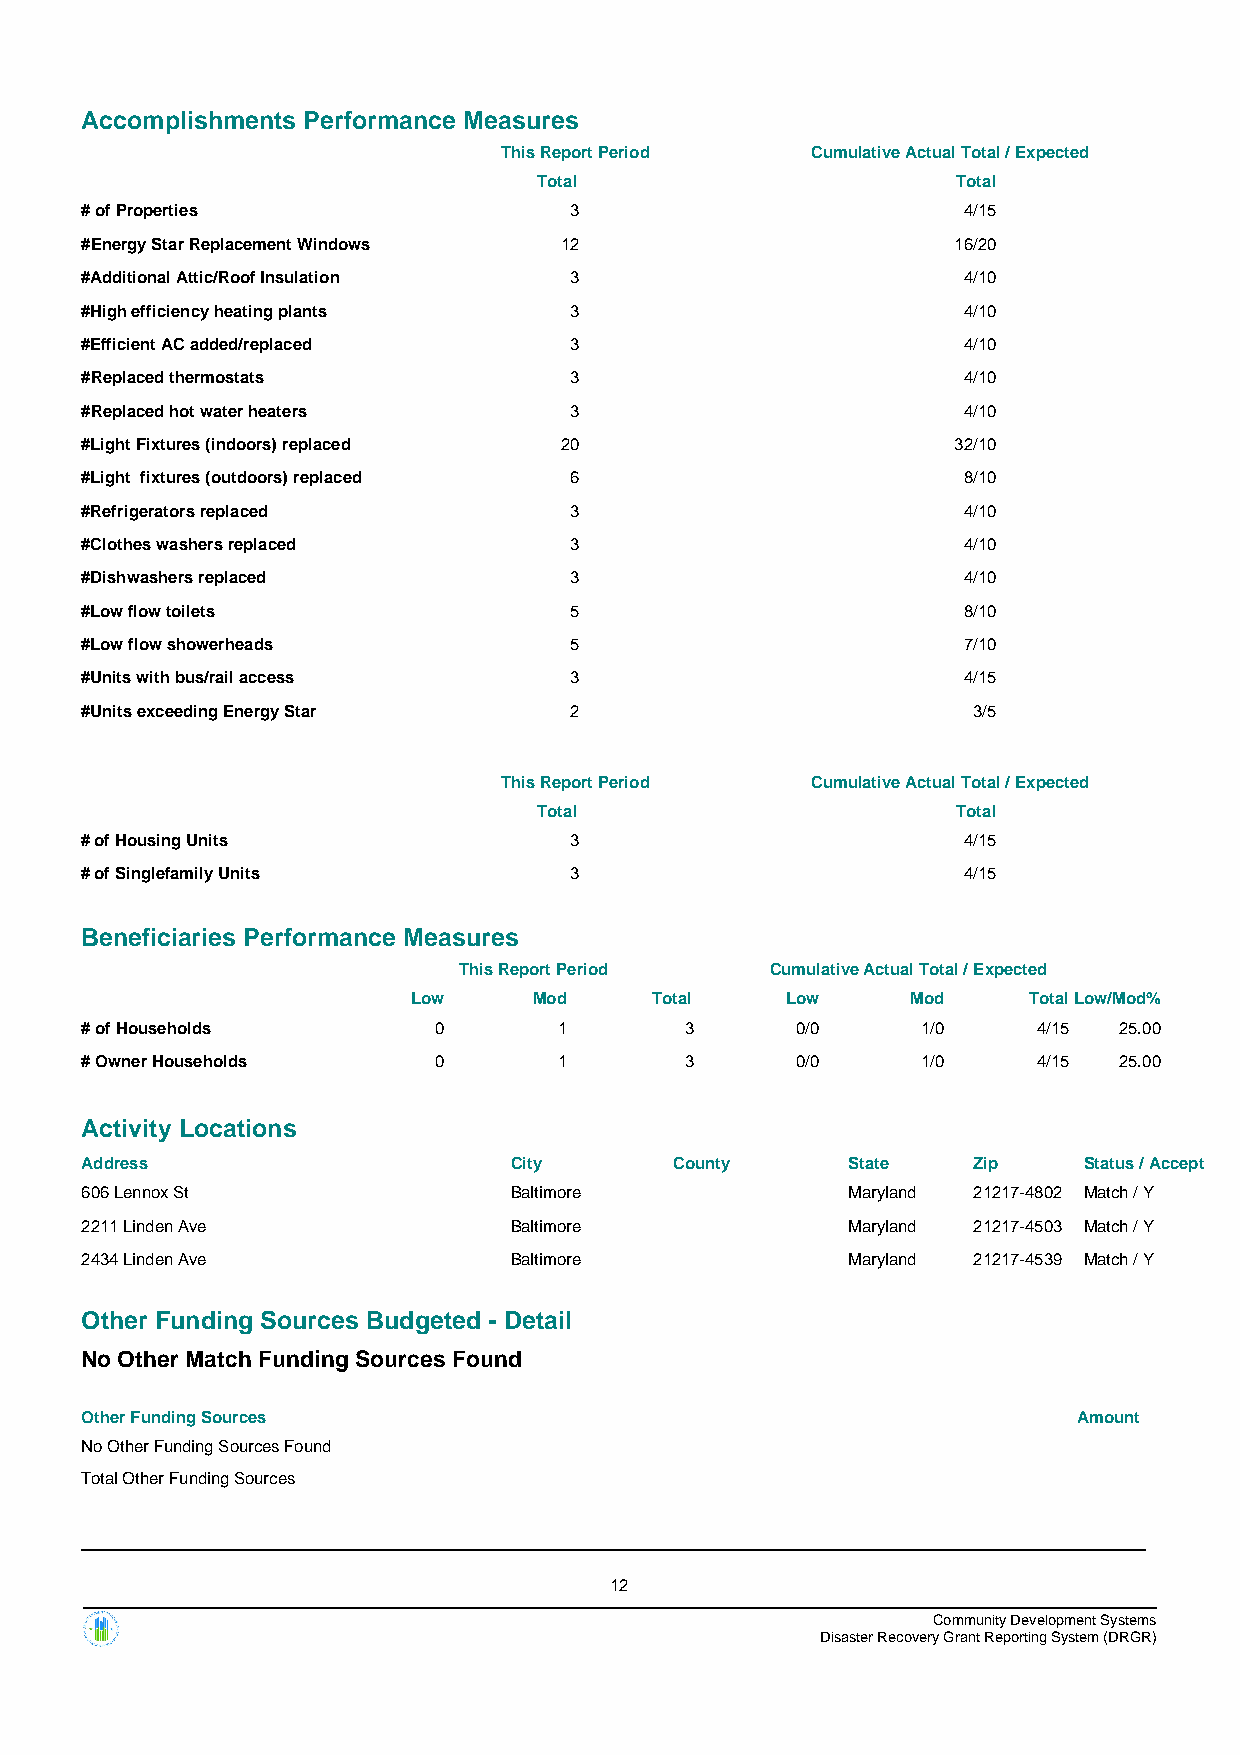
Accomplishments Performance Measures
 This Report Period   Cumulative Actual Total / Expected
 Total                      Total
 # of Properties                  3                         4/15
 #Energy Star Replacement Windows 12                       16/20
 #Additional Attic/Roof Insulation 3                        4/10
 #High efficiency heating plants  3                         4/10
 #Efficient AC added/replaced     3                         4/10
 #Replaced thermostats            3                         4/10
 #Replaced hot water heaters      3                         4/10
 #Light Fixtures (indoors) replaced 20                     32/10
 #Light fixtures (outdoors) replaced 6                      8/10
 #Refrigerators replaced          3                         4/10
 #Clothes washers replaced        3                         4/10
 #Dishwashers replaced            3                         4/10
 #Low flow toilets                5                         8/10
 #Low flow showerheads            5                         7/10
 #Units with bus/rail access      3                         4/15
 #Units exceeding Energy Star     2                         3/5
 This Report Period   Cumulative Actual Total / Expected
 Total                      Total
 # of Housing Units               3                         4/15
 # of Singlefamily Units          3                         4/15
 Beneficiaries Performance Measures
 This Report Period   Cumulative Actual Total / Expected
 Low     Mod     Total    Low     Mod     TotalLow/Mod%
 # of Households         0       1       3       0/0     1/0     4/15 25.00
 # Owner Households      0       1       3       0/0     1/0     4/15 25.00
 Activity Locations
 Address                      City       County     State   Zip     Status / Accept
 606 Lennox St                Baltimore             Maryland 21217-4802 Match / Y
 2211 Linden Ave              Baltimore             Maryland 21217-4503 Match / Y
 2434 Linden Ave              Baltimore             Maryland 21217-4539 Match / Y
 Other Funding Sources Budgeted - Detail
 No Other Match Funding Sources Found
 Other Funding Sources                                             Amount
 No Other Funding Sources Found
 Total Other Funding Sources
 12
 Community Development Systems
 Disaster Recovery Grant Reporting System (DRGR)